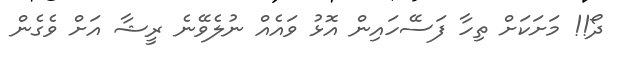
ދޯ!! މަށަކަށް ތިހާ ފަސޭހައިން އޮޅު ވައެއް ނުލެވޭނެ ރީޝާ އަށް ވެގެން